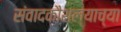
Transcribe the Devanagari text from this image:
संवादकौशल्याच्या